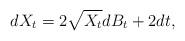
LaTeX: \begin{align*}dX_t= 2\sqrt{X_t}dB_t + 2 dt,\end{align*}